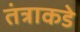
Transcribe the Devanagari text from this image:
तंत्राकडे